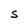
Character: s